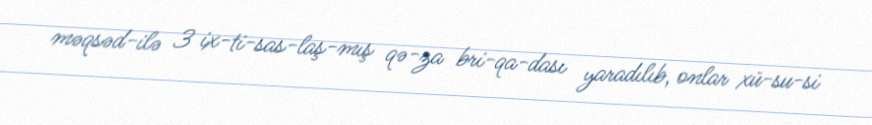
məqsəd­ilə 3 ix­ti­sas­laş­mış qə­za bri­qa­dası yaradılıb, onlar xü­su­si